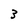
Character: 3